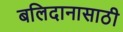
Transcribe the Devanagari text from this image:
बलिदानासाठी